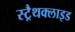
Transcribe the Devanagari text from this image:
स्ट्रैथक्लाइड